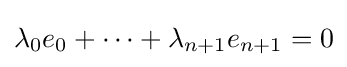
\lambda _{0}e_{0}+\cdots +\lambda _{n+1}e_{n+1}=0